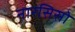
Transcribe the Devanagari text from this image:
नारसिसो